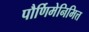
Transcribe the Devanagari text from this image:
पौर्णिमेनिमित्त